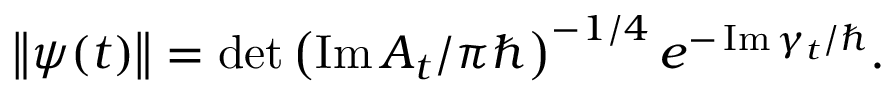
\left\Vert \psi ( t ) \right\Vert = \operatorname* { d e t } \left( \operatorname { I m } A _ { t } / \pi \hbar \right) ^ { - 1 / 4 } e ^ { - \operatorname { I m } \gamma _ { t } / \hbar } .